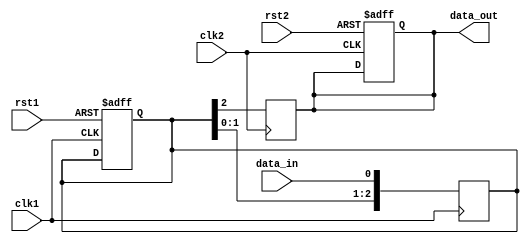
module timing_control (
    input wire clk1,        // Clock signal for domain 1
    input wire clk2,        // Clock signal for domain 2
    input wire rst1,        // Reset signal for domain 1
    input wire rst2,        // Reset signal for domain 2
    input wire data_in,     // Input data signal
    output reg data_out     // Output synchronized data signal
);

reg [2:0] synchronizer_reg; // 3 flip-flops for synchronizer circuit

always @(posedge clk1) begin
    synchronizer_reg <= {synchronizer_reg[1:0], data_in};
end

always @(posedge clk2) begin
    data_out <= synchronizer_reg[2];
end

always @(posedge clk1 or posedge rst1) begin
    if (rst1) begin
        synchronizer_reg <= 3'b0;
    end
end

always @(posedge clk2 or posedge rst2) begin
    if (rst2) begin
        data_out <= 1'b0;
    end
end

endmodule